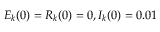
E _ { k } ( 0 ) = R _ { k } ( 0 ) = 0 , { I _ { k } ( 0 ) = 0 . 0 1 }